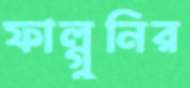
ফাল্গুনির